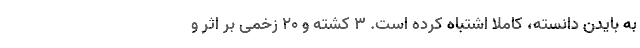
به بایدن دانسته، کاملا اشتباه کرده است. 3 کشته و 20 زخمی بر اثر و